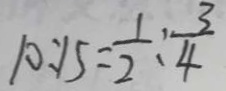
1 0 : 1 5 = \frac { 1 } { 2 } : \frac { 3 } { 4 }